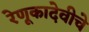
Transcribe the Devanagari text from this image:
रेणूकादेवीचे